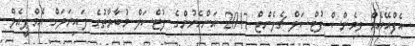
އެފްއޭއެމް ވިމެންސް ފުޓްސަލް ޗެލެންޖް 2017 އަންހެނުންގެ ފުޓްސަލް މުބާރާތުގެ ފައިނަލަށް އެމްޕީއެލް